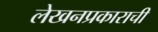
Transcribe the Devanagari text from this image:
लेखनप्रकाराची